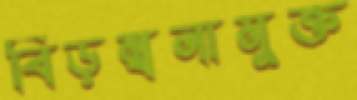
বিড়ম্বনামুক্ত